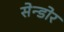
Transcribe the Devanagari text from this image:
सेन्डोर